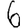
Digit: 6